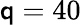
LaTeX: \mathsf{q}=40